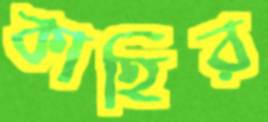
কাহির